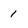
Character: 1